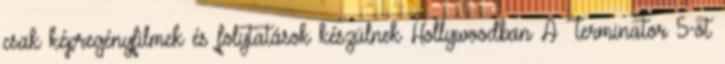
csak képregényfilmek és folytatások készülnek Hollywoodban A Terminator 5-öt